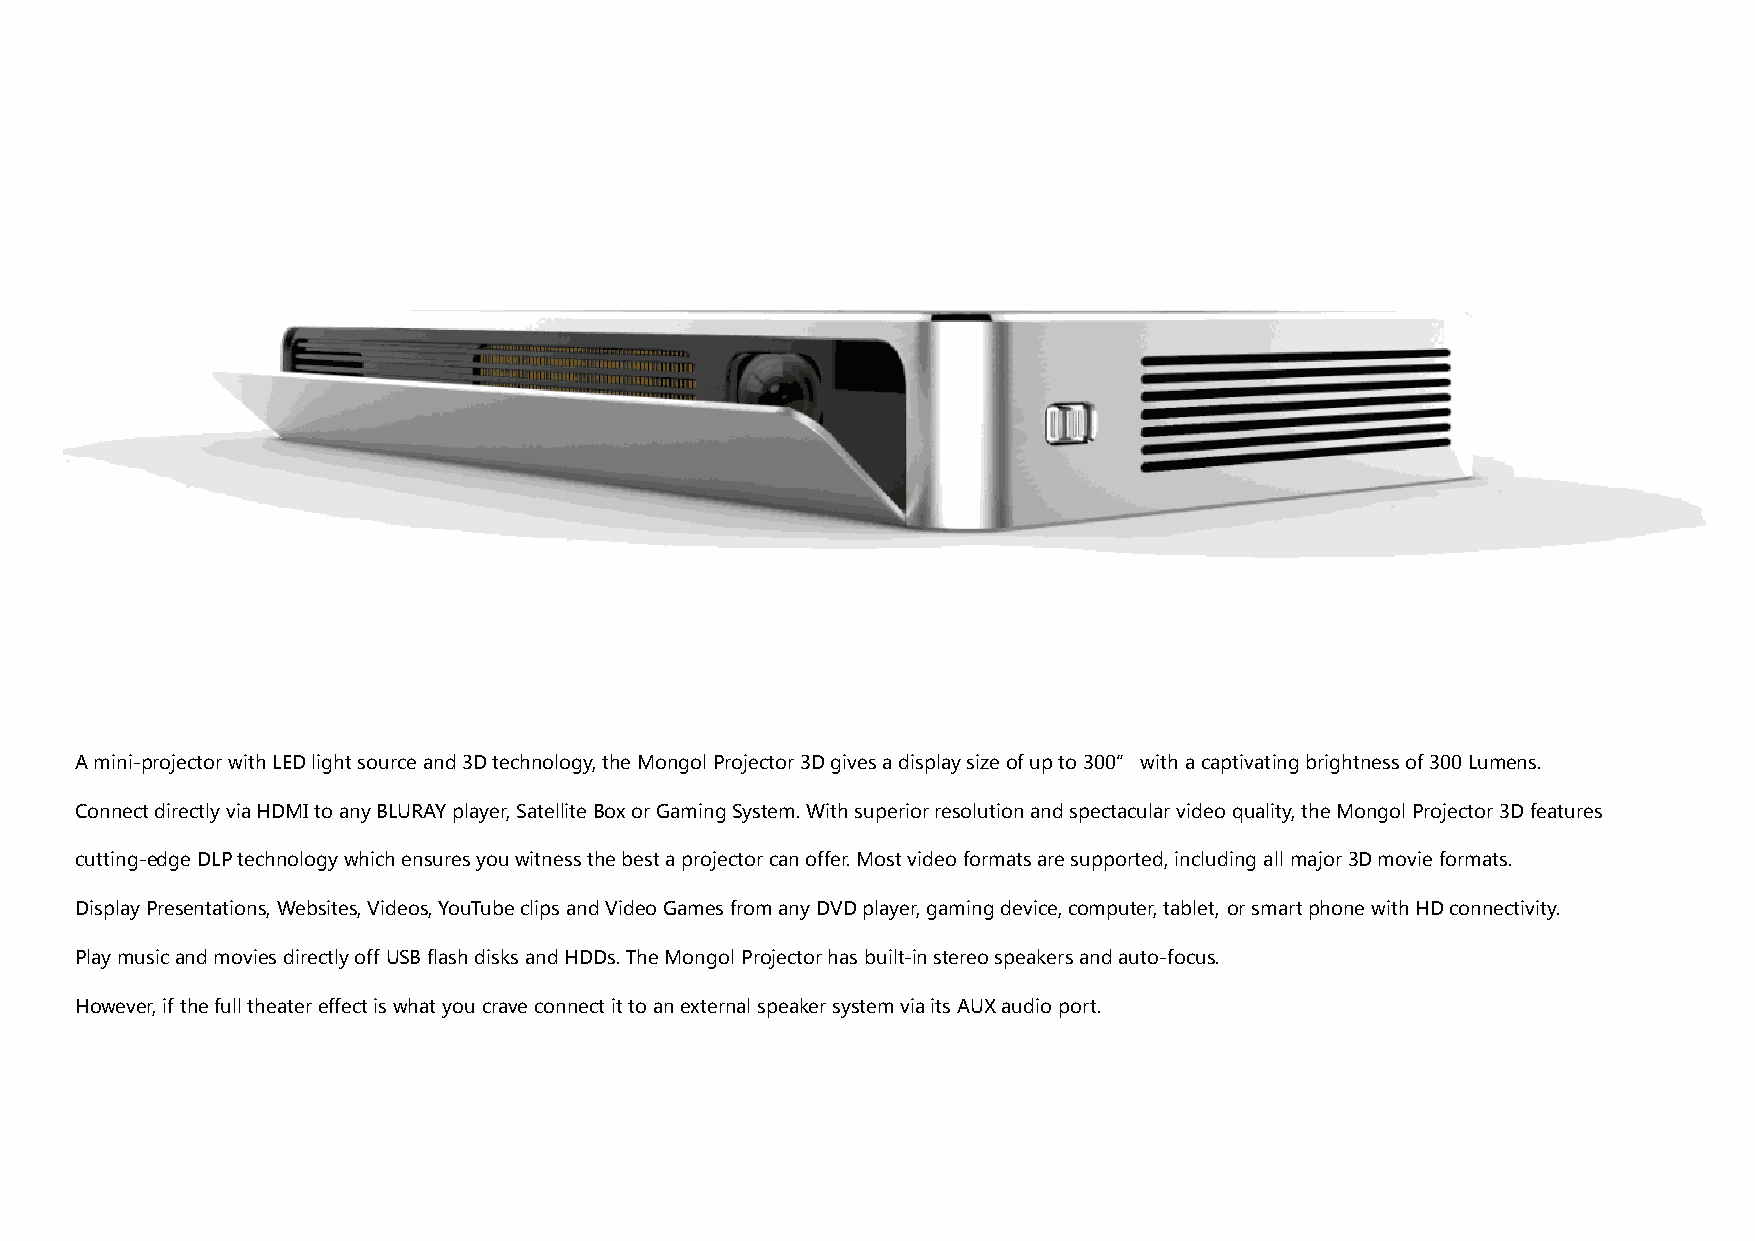
A mini-projector with LED light source and 3D technology, the Mongol Projector 3D gives a display size of up to 300” with a captivating brightness of 300 Lumens.
 Connect directly via HDMI to any BLURAY player, Satellite Box or Gaming System. With superior resolution and spectacular video quality, the Mongol Projector 3D features
 cutting-edge DLP technology which ensures you witness the best a projector can offer. Most video formats are supported, including all major 3D movie formats.
 Display Presentations, Websites, Videos, YouTube clips and Video Games from any DVD player, gaming device, computer, tablet, or smart phone with HD connectivity.
 Play music and movies directly off USB flash disks and HDDs. The Mongol Projector has built-in stereo speakers and auto-focus.
 However, if the full theater effect is what you crave connect it to an external speaker system via its AUX audio port.